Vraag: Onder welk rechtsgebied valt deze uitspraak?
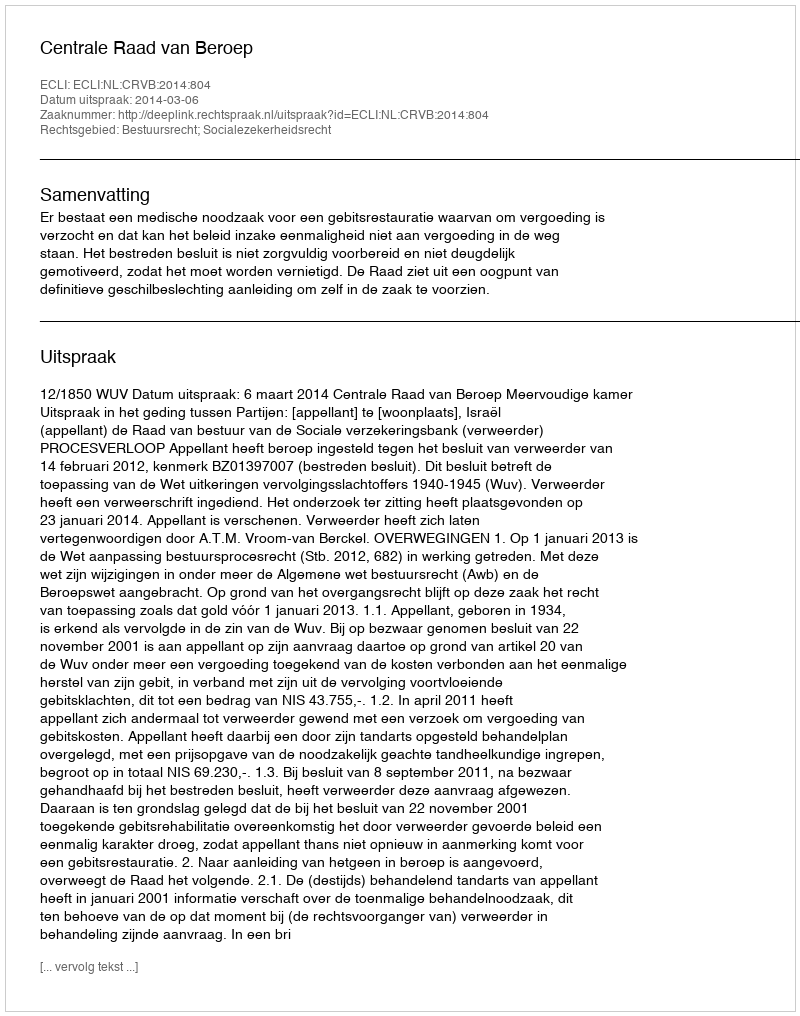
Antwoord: Bestuursrecht; Socialezekerheidsrecht